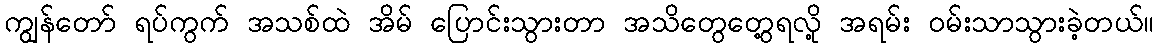
ကျွန်တော် ရပ်ကွက် အသစ်ထဲ အိမ် ပြောင်းသွားတာ အသိတွေတွေ့ရလို့ အရမ်း ဝမ်းသာသွားခဲ့တယ်။